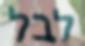
לבל